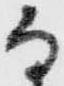
而